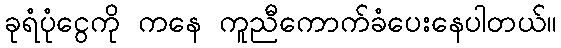
ခုရံပုံငွေကို ကနေ ကူညီကောက်ခံပေးနေပါတယ်။